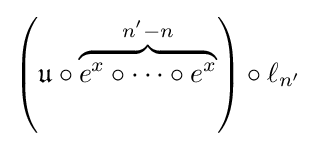
\left({\mathfrak {u}}\circ \overbrace {e^{x}\circ \cdots \circ e^{x}} ^{n'-n}\right)\circ \ell _{n'}